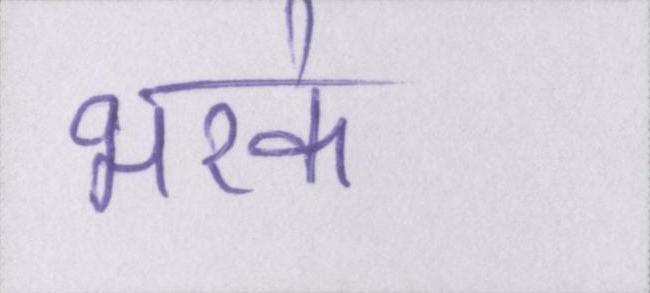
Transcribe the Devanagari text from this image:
भरके